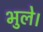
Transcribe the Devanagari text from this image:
भुले।